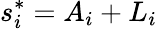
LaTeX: s_{i}^{*}=A_{i}+L_{i}